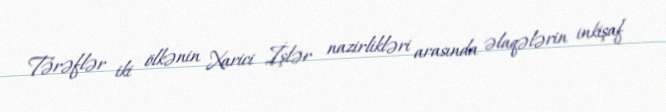
Tərəflər iki ölkənin Xarici İşlər nazirlikləri arasında əlaqələrin inkişaf